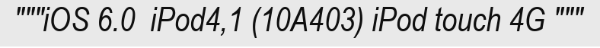
"""iOS 6.0  iPod4,1 (10A403) iPod touch 4G """